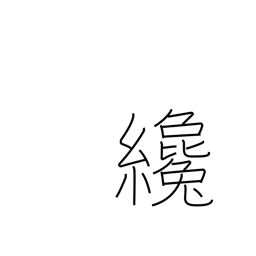
Meaning: a little